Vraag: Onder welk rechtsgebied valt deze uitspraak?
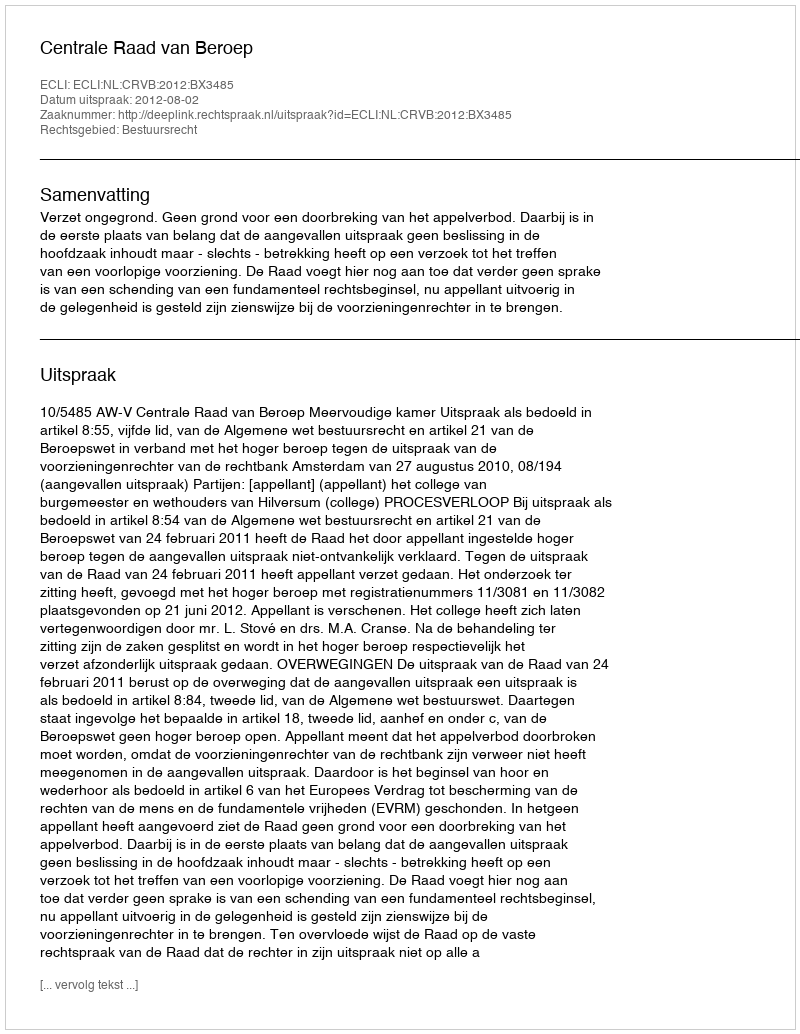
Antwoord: Bestuursrecht